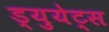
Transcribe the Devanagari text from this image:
ड्युयेट्स